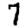
Digit: 7